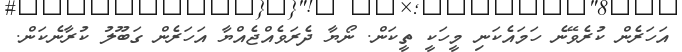
އަހަރެން ކުރެވޭނެ ހަމައެކަނި މީހަކީ ތީކަން. ނޯޔާ ދެރަވެއްޖެއްޔާ އަހަރެން ގަބޫލު ކުރާނެކަން.